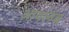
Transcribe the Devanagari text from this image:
आवलंब